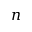
n